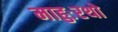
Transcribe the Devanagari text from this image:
माहुःरथो